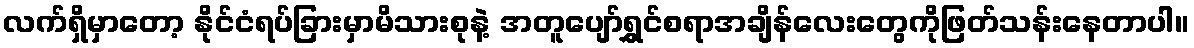
လက်ရှိမှာတော့ နိုင်ငံရပ်ခြားမှာမိသားစုနဲ့ အတူပျော်ရွှင်စရာအချိန်လေးတွေကိုဖြတ်သန်းနေတာပါ။